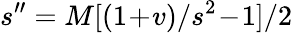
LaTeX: s^{\prime\prime}=M[(1\! +\! v)/s^{2}\! -\! 1]/2